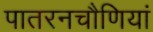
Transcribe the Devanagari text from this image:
पातरनचौणियां